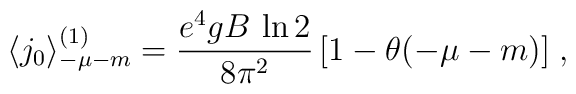
\langle j_0\rangle^{(1)}_{-\mu-m}=\frac{e^4gB\,\ln 2}{8\pi^2}\,[1-\theta(-\mu-m)]  \; ,